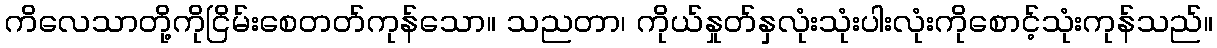
ကိလေသာတို့ကိုငြိမ်းစေတတ်ကုန်သော။ သညတာ၊ ကိုယ်နှုတ်နှလုံးသုံးပါးလုံးကိုစောင့်သုံးကုန်သည်။